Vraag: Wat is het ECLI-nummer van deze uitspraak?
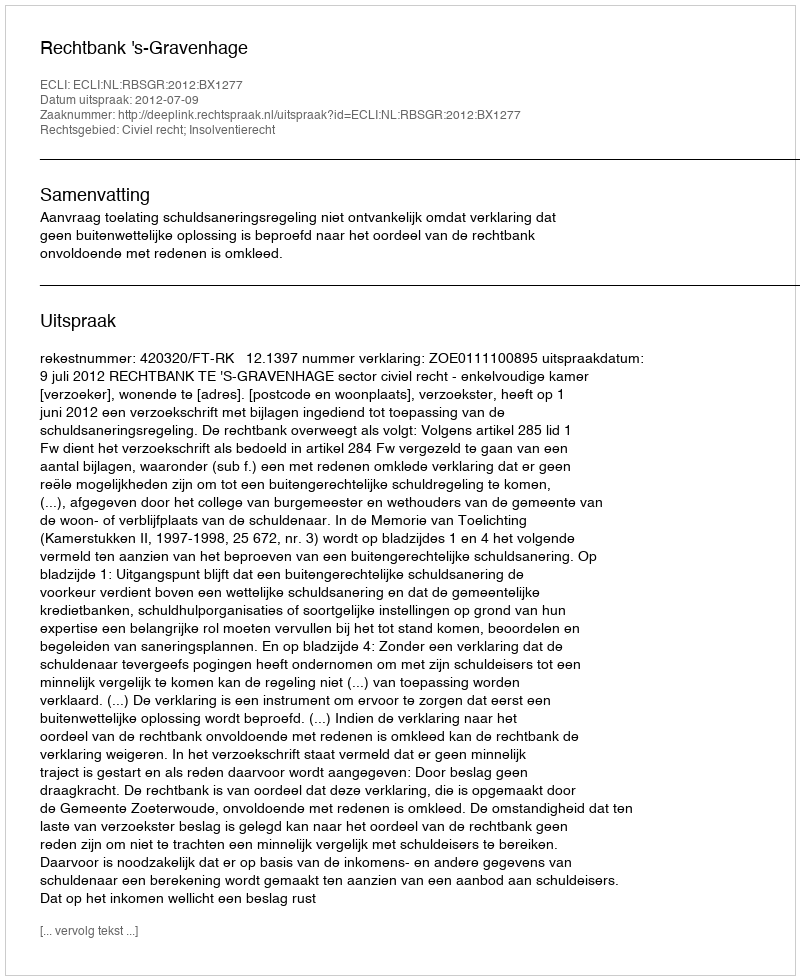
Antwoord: ECLI:NL:RBSGR:2012:BX1277